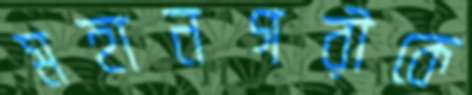
মহানগরীকে